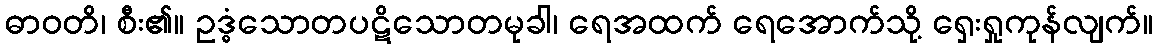
ဓာဝတိ၊ စီး၏။ ဥဒ္ဓံသောတပဋိသောတမုခါ၊ ရေအထက် ရေအောက်သို့ ရှေးရှုကုန်လျက်။